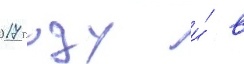
2017 году и́ в